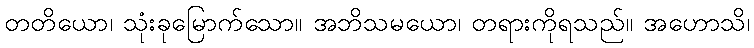
တတိယော၊ သုံးခုမြောက်သော။ အဘိသမယော၊ တရားကိုရသည်။ အဟောသိ၊